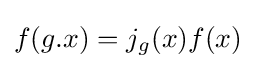
f(g.x)=j_{g}(x)f(x)